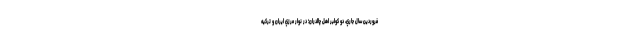
فروردين سال جاري، دو كولبر اهل چالدران؛ در نوار مرزي ايران و تركيه